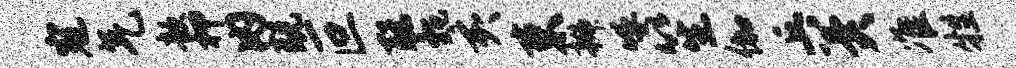
寇气歆柙内兢叵聪甄亥束辫呼笙伽丘冀准牲